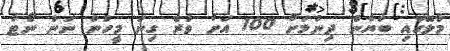
މާލޭގައި ބަޔާން ދިނުމަށް 100 އަށް ވުރެ ގިނަ މީހުން ނަން ނޯޓު